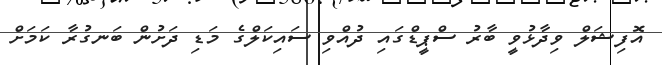
އޮފިޝަލް ވިދާޅުވީ ބާރު ސްޕީޑްގައި ދުއްވި ސައިކަލްގެ މަޑި ދަށުން ބަނގުރާ ކަމަށް